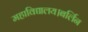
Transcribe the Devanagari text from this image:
महाविद्यालय।बर्लिन